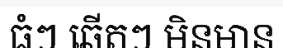
ធំៗ ឆើតៗ មិនមាន